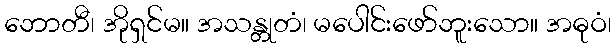
ဘောတီ၊ အိုရှင်မ။ အသန္တုတံ၊ မပေါင်းဖော်ဘူးသော။ အဓုဝံ၊